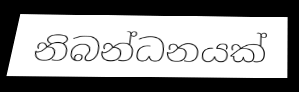
නිබන්ධනයක්